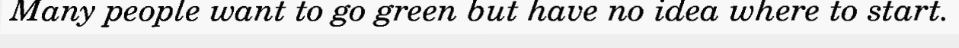
Many people want to go green but have no idea where to start.